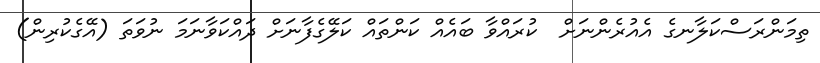
ތިމަންރަސްކަލާނގެ އެއުރެންނަށް  ކުރައްވާ ބައެއް ކަންތައް ކަލޭގެފާނަށް ދައްކަވާނަމަ ނުވަތަ (އޭގެކުރިން)